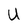
Character: U